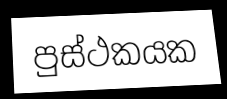
පුස්ථකයක